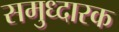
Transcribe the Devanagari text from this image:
समुध्दारक